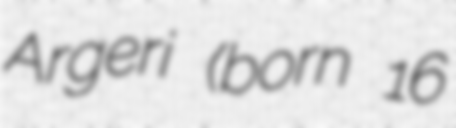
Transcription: Argeri (born 16